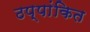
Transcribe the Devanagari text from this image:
ठप्पांकित